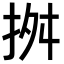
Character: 𢬓